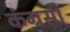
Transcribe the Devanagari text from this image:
कंग्रसी